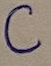
Text: C